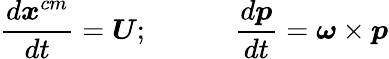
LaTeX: \frac{d\boldsymbol{x}^{cm}}{dt}=\boldsymbol{U};\qquad\quad\frac{d\boldsymbol{p}}{dt}=\boldsymbol{\omega}\times\boldsymbol{p}